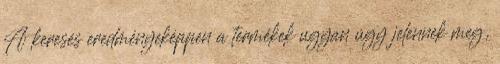
A keresés eredményeképpen a termékek ugyan úgy jelennek meg,